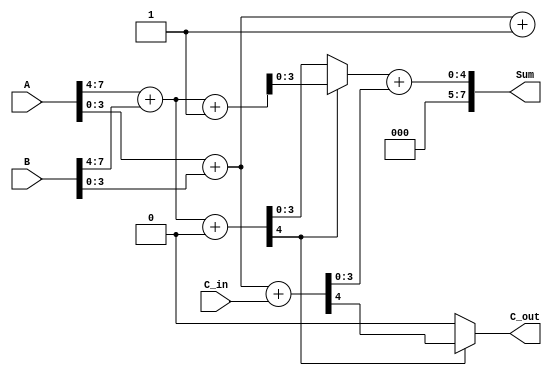
module CarrySelectAdder #(parameter N = 8) (
    input [N-1:0] A,         // Operand A
    input [N-1:0] B,         // Operand B
    input C_in,              // Carry input
    output [N-1:0] Sum,      // Sum output
    output C_out             // Carry output
);

    // Determine the number of bits in each block
    localparam K = N / 2;    // Number of bits in each block

    // Declare intermediate signals
    wire [K-1:0] S0, S1;     // Sum for higher bits (C_in = 0 and C_in = 1)
    wire [K-1:0] S2, S3;     // Sum for lower bits (C_in = 0 and C_in = 1)
    wire C_out_high, C_out_low; // Carry out from higher and lower blocks

    // Higher-order block (most significant bits)
    assign {C_out_high, S0} = A[N-1:K] + B[N-1:K] + 0; // C_in = 0 case
    assign {C_out_high, S1} = A[N-1:K] + B[N-1:K] + 1; // C_in = 1 case

    // Lower-order block (least significant bits)
    assign {C_out_low, S2} = A[K-1:0] + B[K-1:0] + C_in;  // C_in = 0 case
    assign {C_out_low, S3} = A[K-1:0] + B[K-1:0] + 1;      // C_in = 1 case

    // Select the appropriate sum and carry out based on the carry from the higher-order block
    assign Sum = (C_out_high ? S1 : S0) + S2;
    assign C_out = C_out_high ? C_out_low : C_out_high;

endmodule